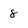
Character: 8